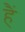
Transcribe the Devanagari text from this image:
हैं